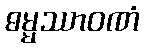
ဓမ္မဿာဝဏံ